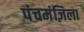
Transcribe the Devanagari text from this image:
पंचमंज़िला